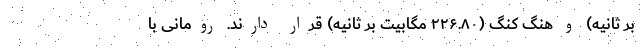
بر ثانیه) و هنگ کنگ (۲۲۶.۸۰ مگابیت بر ثانیه) قرار دارند. رومانی با